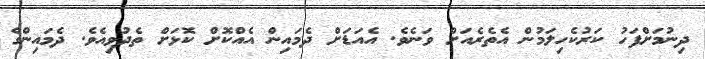
ދިނުމަށްފަހު ކަރުކެހިލަމުން އެތެރެއަށް ވަނެވެ. އެއަޑަށް ދެމައިން އެއްކޮށް ކޮޅަށް ތެދުވިއެވެ. ދެމައިންގެ